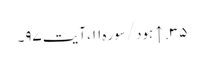
۳۵. ↑ ہود/سوره۱۱، آیت ۹۷۔